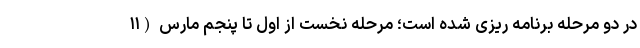
در دو مرحله برنامه ریزی شده است؛ مرحله نخست از اول تا پنجم مارس (۱۱